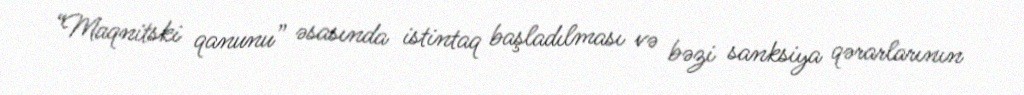
“Maqnitski qanunu” əsasında istintaq başladılması və bəzi sanksiya qərarlarının